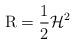
LaTeX: \begin{align*}\operatorname{R}=\frac{1}{2}\mathcal{H}^2\end{align*}